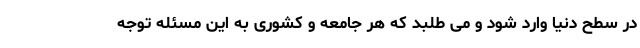
در سطح دنیا وارد شود و می طلبد که هر جامعه و کشوری به این مسئله توجه